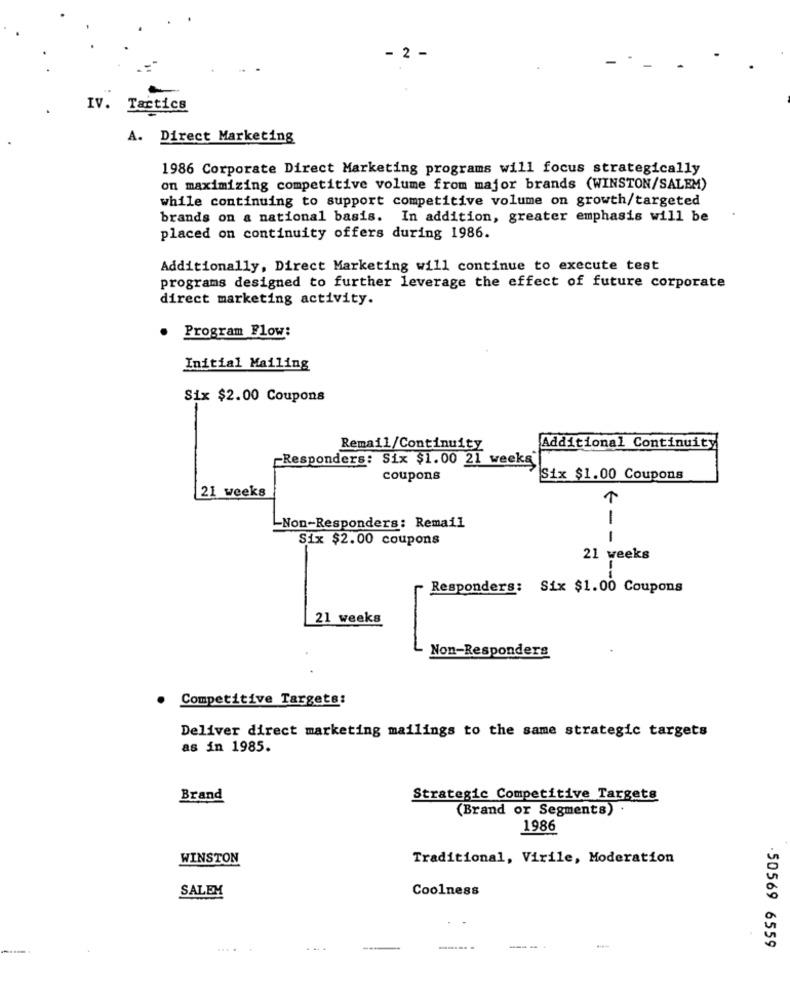
- 2 -
IV. Tactics
A. Direct Marketing
1986 Corporate Direct Marketing programs will focus strategically
on maximizing competitive volume from major brands (WINSTON/SALEM)
while continuing to support competitive volume on growth/targeted
brands on a national basis. In addition, greater emphasis will be
placed on continuity offers during 1986.
Additionally, Direct Marketing will continue to execute test
programs designed to further leverage the effect of future corporate
direct marketing activity.
Program Flow:
Initial Mailing
Six $2.00 Coupons
Remail/Continuity
Additional Continuity
-Responders: Six $1.00 21 weeks
coupons
Six $1.00 Coupons
21 weeks
1
-Non-Responders: Remail
Six $2.00 coupons
-
21 weeks
Responders: Six $1.00 Coupons
21 weeks
Non-Responders
· Competitive Targets:
Deliver direct marketing mailings to the same strategic targets
as in 1985.
Brand
Strategic Competitive Targets
(Brand or Segments) .
1986
WINSTON
Traditional, Virile, Moderation
Coolness
SALEM
......
....
-50569 6559